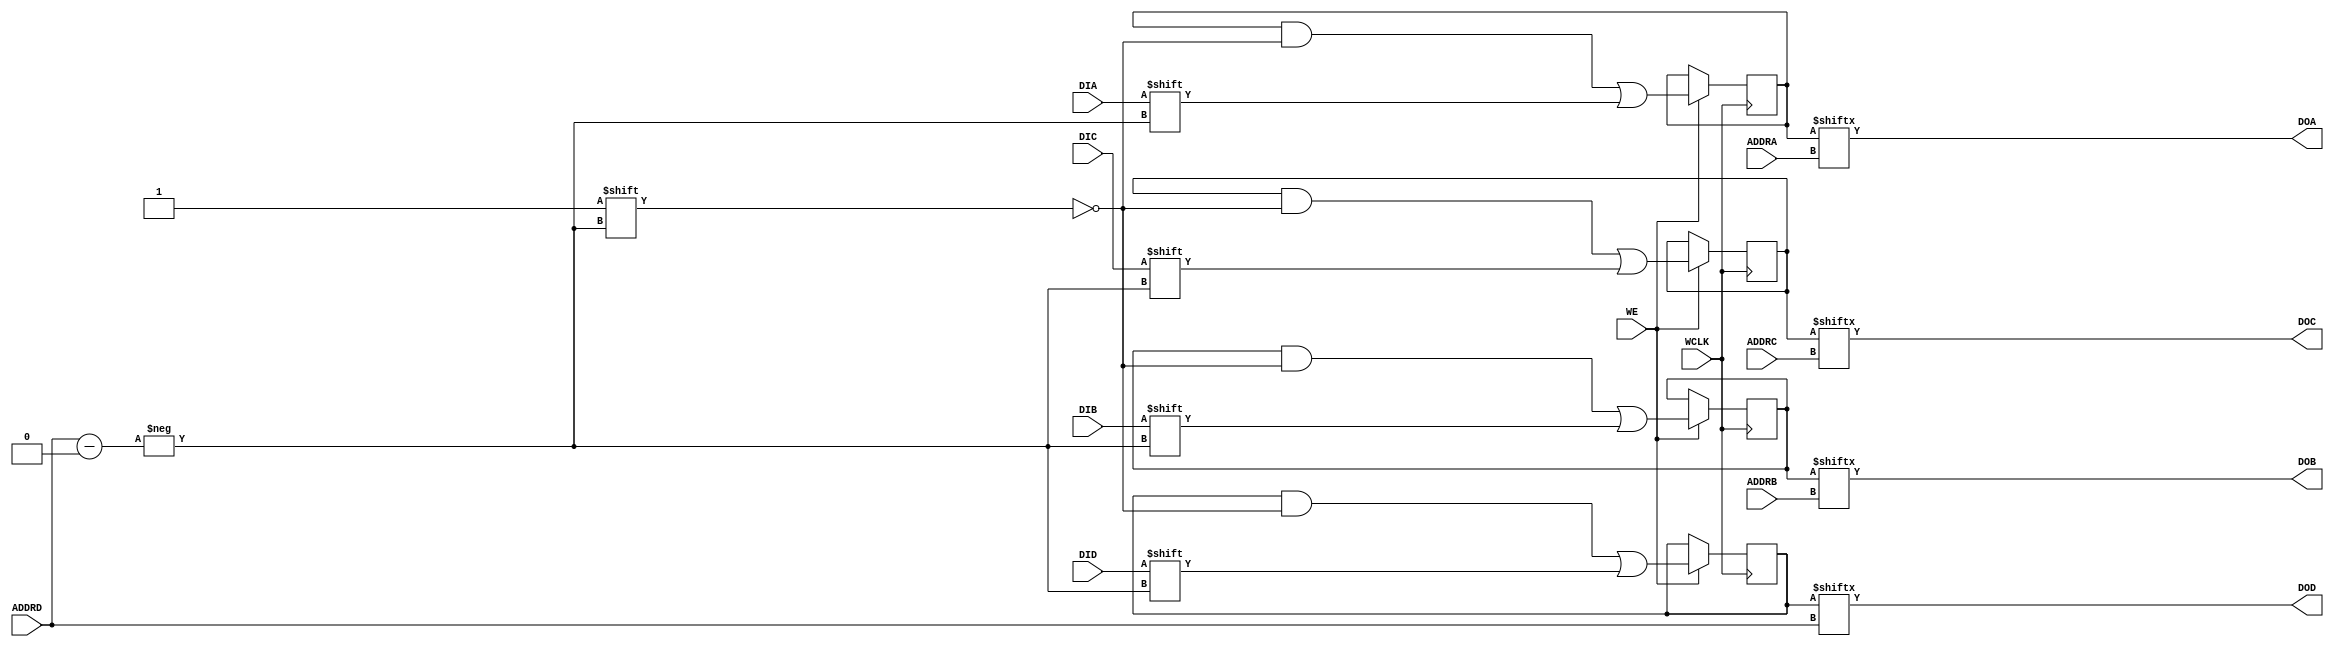
module RAM64M (
  output       DOA,
  output       DOB,
  output       DOC,
  output       DOD,
  input  [5:0] ADDRA, ADDRB, ADDRC,
  input  [5:0] ADDRD,
  input        DIA,
  input        DIB,
  input        DIC,
  input        DID,
  (* clkbuf_sink *)
  (* invertible_pin = "IS_WCLK_INVERTED" *)
  input        WCLK,
  input        WE
);
  parameter [63:0] INIT_A = 64'h0000000000000000;
  parameter [63:0] INIT_B = 64'h0000000000000000;
  parameter [63:0] INIT_C = 64'h0000000000000000;
  parameter [63:0] INIT_D = 64'h0000000000000000;
  parameter [0:0] IS_WCLK_INVERTED = 1'b0;
  reg [63:0] mem_a = INIT_A;
  reg [63:0] mem_b = INIT_B;
  reg [63:0] mem_c = INIT_C;
  reg [63:0] mem_d = INIT_D;
  assign DOA = mem_a[ADDRA];
  assign DOB = mem_b[ADDRB];
  assign DOC = mem_c[ADDRC];
  assign DOD = mem_d[ADDRD];
  wire clk = WCLK ^ IS_WCLK_INVERTED;
  always @(posedge clk)
    if (WE) begin
      mem_a[ADDRD] <= DIA;
      mem_b[ADDRD] <= DIB;
      mem_c[ADDRD] <= DIC;
      mem_d[ADDRD] <= DID;
    end
  specify
    // Max delay from: https://github.com/SymbiFlow/prjxray-db/blob/31f51ac5ec7448dd6f79a8267f147123e4413c21/artix7/timings/CLBLM_R.sdf#L818-L830
    $setup(ADDRD[0], posedge WCLK &&& !IS_WCLK_INVERTED && WE, 362);
    $setup(ADDRD[0], negedge WCLK &&&  IS_WCLK_INVERTED && WE, 362);
    $setup(ADDRD[1], posedge WCLK &&& !IS_WCLK_INVERTED && WE, 245);
    $setup(ADDRD[1], negedge WCLK &&&  IS_WCLK_INVERTED && WE, 245);
    $setup(ADDRD[2], posedge WCLK &&& !IS_WCLK_INVERTED && WE, 208);
    $setup(ADDRD[2], negedge WCLK &&&  IS_WCLK_INVERTED && WE, 208);
    $setup(ADDRD[3], posedge WCLK &&& !IS_WCLK_INVERTED && WE, 147);
    $setup(ADDRD[3], negedge WCLK &&&  IS_WCLK_INVERTED && WE, 147);
    $setup(ADDRD[4], posedge WCLK &&& !IS_WCLK_INVERTED && WE, 68);
    $setup(ADDRD[4], negedge WCLK &&&  IS_WCLK_INVERTED && WE, 68);
    $setup(ADDRD[5], posedge WCLK &&& !IS_WCLK_INVERTED && WE, 66);
    $setup(ADDRD[5], negedge WCLK &&&  IS_WCLK_INVERTED && WE, 66);
    // Max delay from: https://github.com/SymbiFlow/prjxray-db/blob/31f51ac5ec7448dd6f79a8267f147123e4413c21/artix7/timings/CLBLM_R.sdf#L986-L988
    $setup(DIA, posedge WCLK &&& !IS_WCLK_INVERTED && WE, 384);
    $setup(DIA, negedge WCLK &&&  IS_WCLK_INVERTED && WE, 384);
    // Max delay from: https://github.com/SymbiFlow/prjxray-db/blob/31f51ac5ec7448dd6f79a8267f147123e4413c21/artix7/timings/CLBLM_R.sdf#L1054-L1056
    $setup(DIB, posedge WCLK &&& !IS_WCLK_INVERTED && WE, 354);
    $setup(DIB, negedge WCLK &&&  IS_WCLK_INVERTED && WE, 354);
    // Max delay from: https://github.com/SymbiFlow/prjxray-db/blob/31f51ac5ec7448dd6f79a8267f147123e4413c21/artix7/timings/CLBLM_R.sdf#L1122-L1124
    $setup(DIC, posedge WCLK &&& !IS_WCLK_INVERTED && WE, 375);
    $setup(DIC, negedge WCLK &&&  IS_WCLK_INVERTED && WE, 375);
    // Max delay from: https://github.com/SymbiFlow/prjxray-db/blob/31f51ac5ec7448dd6f79a8267f147123e4413c21/artix7/timings/CLBLM_R.sdf#L1190-L1192
    $setup(DID, posedge WCLK &&& !IS_WCLK_INVERTED && WE, 310);
    $setup(DID, negedge WCLK &&&  IS_WCLK_INVERTED && WE, 310);
    // Max delay from: https://github.com/SymbiFlow/prjxray-db/blob/31f51ac5ec7448dd6f79a8267f147123e4413c21/artix7/timings/CLBLM_R.sdf#L834
    $setup(WE, posedge WCLK &&& !IS_WCLK_INVERTED && WE, 654);
    $setup(WE, negedge WCLK &&&  IS_WCLK_INVERTED && WE, 654);
    // Max delay from: https://github.com/SymbiFlow/prjxray-db/blob/34ea6eb08a63d21ec16264ad37a0a7b142ff6031/artix7/timings/CLBLM_R.sdf#L889
    if (!IS_WCLK_INVERTED && WE) (posedge WCLK => (DOA : DIA)) = 1153;
    if ( IS_WCLK_INVERTED && WE) (negedge WCLK => (DOA : DIA)) = 1153;
    // Max delay from: https://github.com/SymbiFlow/prjxray-db/blob/34ea6eb08a63d21ec16264ad37a0a7b142ff6031/artix7/timings/CLBLM_R.sdf#L957
    if (!IS_WCLK_INVERTED && WE) (posedge WCLK => (DOB : DIB)) = 1161;
    if ( IS_WCLK_INVERTED && WE) (negedge WCLK => (DOB : DIB)) = 1161;
    // Max delay from: https://github.com/SymbiFlow/prjxray-db/blob/34ea6eb08a63d21ec16264ad37a0a7b142ff6031/artix7/timings/CLBLM_R.sdf#L1025
    if (!IS_WCLK_INVERTED && WE) (posedge WCLK => (DOC : DIC)) = 1158;
    if ( IS_WCLK_INVERTED && WE) (negedge WCLK => (DOC : DIC)) = 1158;
    // Max delay from: https://github.com/SymbiFlow/prjxray-db/blob/34ea6eb08a63d21ec16264ad37a0a7b142ff6031/artix7/timings/CLBLM_R.sdf#L1093
    if (!IS_WCLK_INVERTED && WE) (posedge WCLK => (DOD : DID)) = 1163;
    if ( IS_WCLK_INVERTED && WE) (negedge WCLK => (DOD : DID)) = 1163;
    (ADDRA[0] => DOA) = 642; (ADDRB[0] => DOB) = 642; (ADDRC[0] => DOC) = 642; (ADDRD[0] => DOD) = 642;
    (ADDRA[1] => DOA) = 631; (ADDRB[1] => DOB) = 631; (ADDRC[1] => DOC) = 631; (ADDRD[1] => DOD) = 631;
    (ADDRA[2] => DOA) = 472; (ADDRB[2] => DOB) = 472; (ADDRC[2] => DOC) = 472; (ADDRD[2] => DOD) = 472;
    (ADDRA[3] => DOA) = 407; (ADDRB[3] => DOB) = 407; (ADDRC[3] => DOC) = 407; (ADDRD[3] => DOD) = 407;
    (ADDRA[4] => DOA) = 238; (ADDRB[4] => DOB) = 238; (ADDRC[4] => DOC) = 238; (ADDRD[4] => DOD) = 238;
  endspecify
endmodule